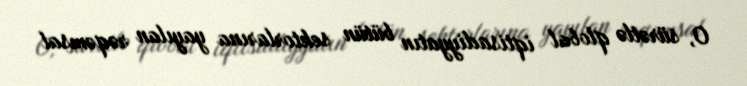
O, sürətlə qlobal iqtisadiyyatın bütün sektorlarına yayılan rəqəmsal